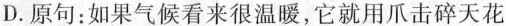
D.原句：如果气候看来很温暖，它就用爪击碎天花